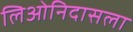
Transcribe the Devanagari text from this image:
लिओनिदासला